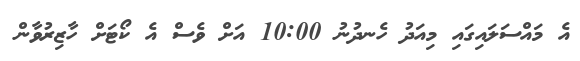
އެ މައްސަލައިގައި މިއަދު ހެނދުނު 10:00 އަށް ވެސް އެ ކޯޓަށް ހާޒިރުވާން